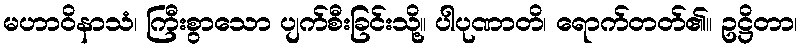
မဟာဝိနာသံ၊ ကြီးစွာသော ပျက်စီးခြင်းသို့။ ပါပုဏာတိ၊ ရောက်တတ်၏။ ဥဋ္ဌိတာ၊